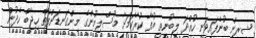
ޝީރީން ބުނެފައިވަނީ ހުއްދަ ލިބުނީތީ އުފާ ކުރާކަމަށާ މުސްލިމުންގެ މިންގަނޑަށްފެތޭ ހިޖާބް ހެދުން